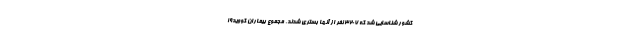
کشور شناسایی شد که ۳۲۰۷ نفر از آنها بستری شدند. مجموع بیماران کووید۱۹